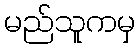
မည်သူကမှ